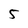
Character: 5